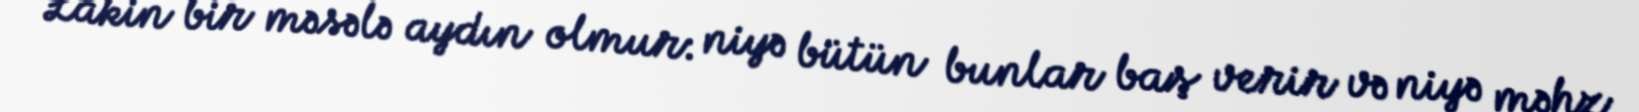
Lakin bir məsələ aydın olmur: niyə bütün bunlar baş verir və niyə məhz